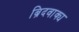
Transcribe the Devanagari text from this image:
ब्रिदवाक्य